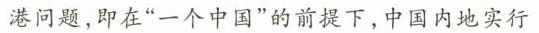
港问题，即在”一个中国”的前提下，中国内地实行